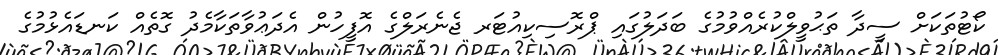
ކޯޓުތަކަށް ސީދާ ތަޙުވީލްކުރެއްވުމުގެ ބަދަލުގައި ޕްރޮސިކިއުޓަރ ޖެނެރަލްގެ އޮފީހުން އެދަޢުވާތަކާމެދު ގޮތެއް ކަނޑައެޅުމުގެ